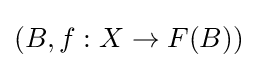
(B,f:X\to F(B))